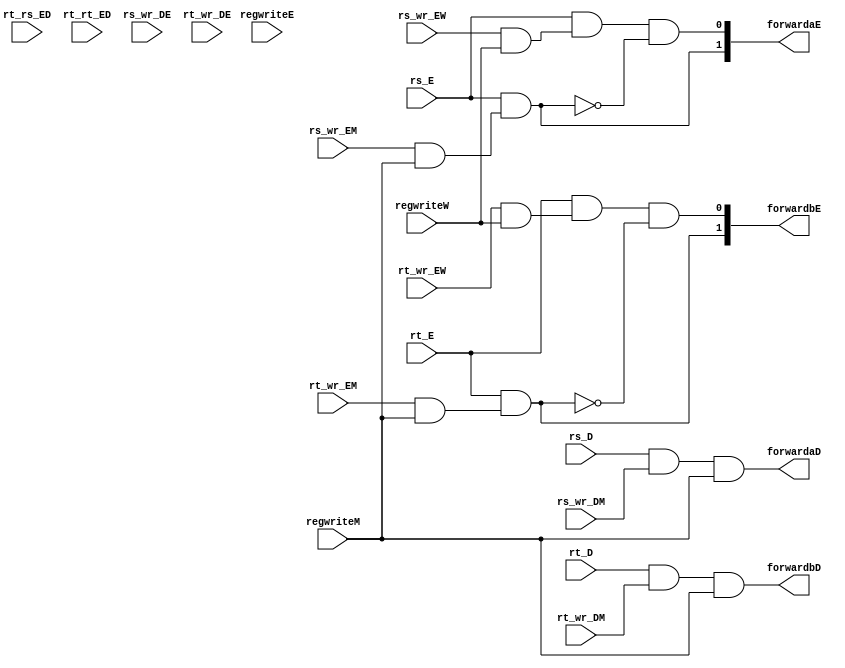
`timescale 1 ns / 1 ps
module forward(
              input            rs_D, rt_D, rs_E, rt_E,
              input            rs_wr_DM, rt_wr_DM, rs_wr_EM, rs_wr_EW,
              input            rt_wr_EM, rt_wr_EW, rt_rs_ED, rt_rt_ED,
              input            rs_wr_DE, rt_wr_DE,
              input            regwriteE, regwriteM, regwriteW,
              
              output           forwardaD, forwardbD,
              output     [1:0] forwardaE, forwardbE);

  
  assign forwardaD = (rs_D & rs_wr_DM & regwriteM);
  assign forwardbD = (rt_D & rt_wr_DM & regwriteM);

  
  assign forwardaE[1] = (rs_E) & (rs_wr_EM & regwriteM);
  assign forwardaE[0] = (rs_E) & (rs_wr_EW & regwriteW) & 
                          ~forwardaE[1];
  
  assign forwardbE[1] = (rt_E) & (rt_wr_EM & regwriteM);
  assign forwardbE[0] = (rt_E) & (rt_wr_EW & regwriteW) 
                          & ~forwardbE[1];

endmodule